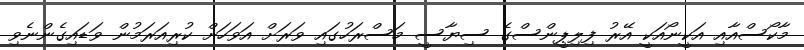
މާކޯސްއާއި އަކީނޯއަކީ އޭރު ފިލިޕީންސްގެ ސިޔާސީ މަސްރަހުގައި ވަރަށް އަވަހަށް ކުރިއަރަމުން ވަޑައިގެންނެވި